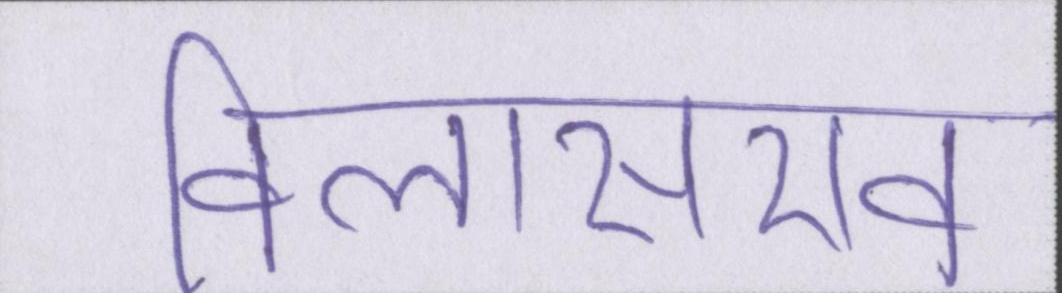
विलासराव